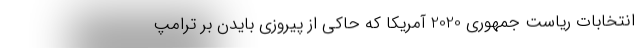
انتخابات ریاست جمهوری 2020 آمریکا که حاکی از پیروزی بایدن بر ترامپ